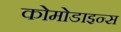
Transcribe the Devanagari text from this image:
कोमोडाइन्स